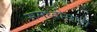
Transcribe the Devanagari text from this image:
समृध्दीसाठी